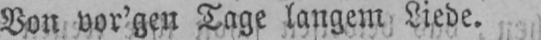
Von vor’gen Tage langem Liede.